Leningradi_Edasi_toimetus, lk 50
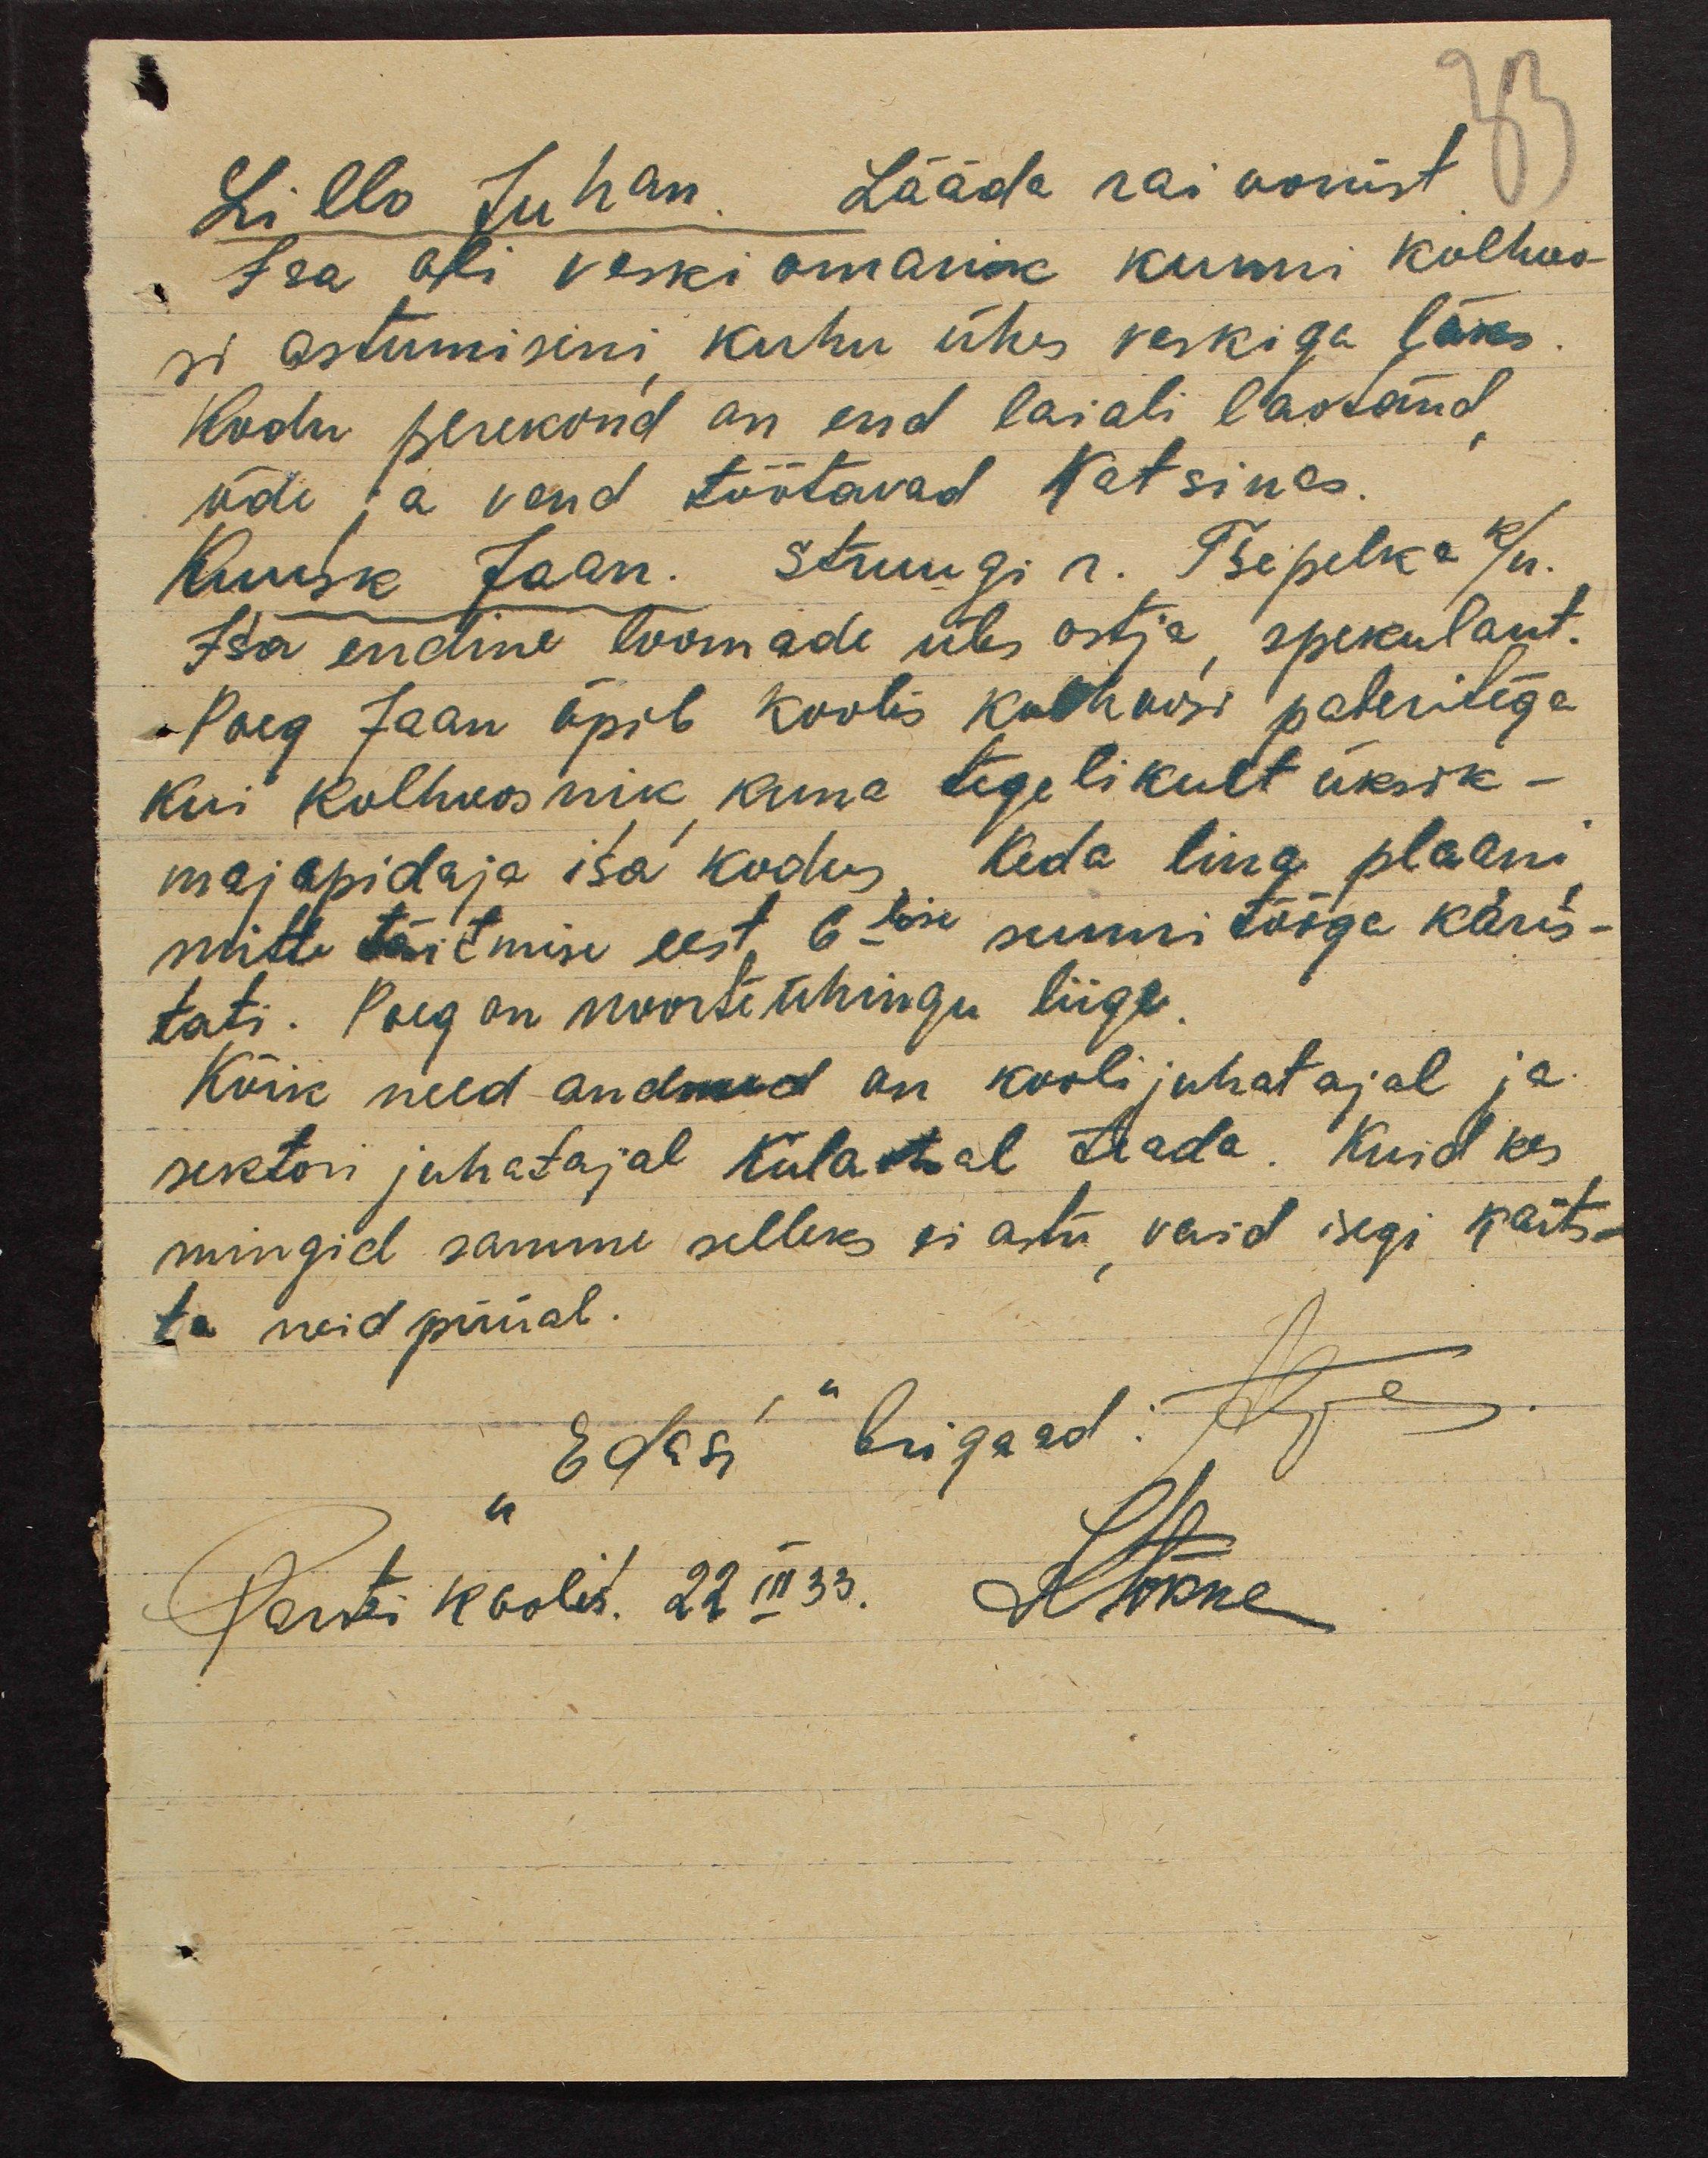
Lillo Juhan. Lääda raioonist
Isa oli veski omanik kunni kolhoo-
si astumiseni, kuhu ühes veskiga läks.
Kodu perekond on end laiali laotand,
õde ja vend töötavad Katsinas.
Kuusk Jaan. Struugi r. Tsepelka k/n.
Isa endine loomade üles ostja, spekulant.
Poeg Jaan õpib koolis kolhoosi paberitega
kui kolhoosnik, kuna tegelikult üksik-
majapidaja isa kodus, keda lina plaani
mitte täitmise eest 6lise sunnitööga karis-
tati. Poeg on noorteühingu liige.
Kõik need andmed on koolijuhatajal ja
sektori juhatajal Külaotsal teada. Kuid kes
mingid samme selleks ei astu, vaid isegi kaits-
ta neid püüab.
"Edasi" brigaad: Aljas
Partei koolis. 22 III 33.
KTõkke